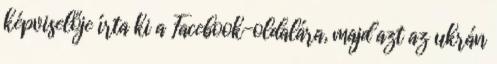
képviselője írta ki a Facebook-oldalára, majd azt az ukrán